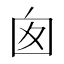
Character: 囱